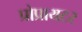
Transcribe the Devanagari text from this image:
प्रोप्रायटर